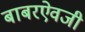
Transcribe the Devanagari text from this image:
बाबरऐवजी